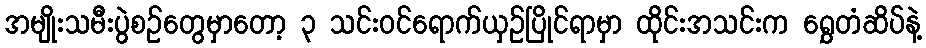
အမျိုးသမီးပွဲစဉ်တွေမှာတော့ ၃ သင်းဝင်ရောက်ယှဉ်ပြိုင်ရာမှာ ထိုင်းအသင်းက ရွှေတံဆိပ်နဲ့